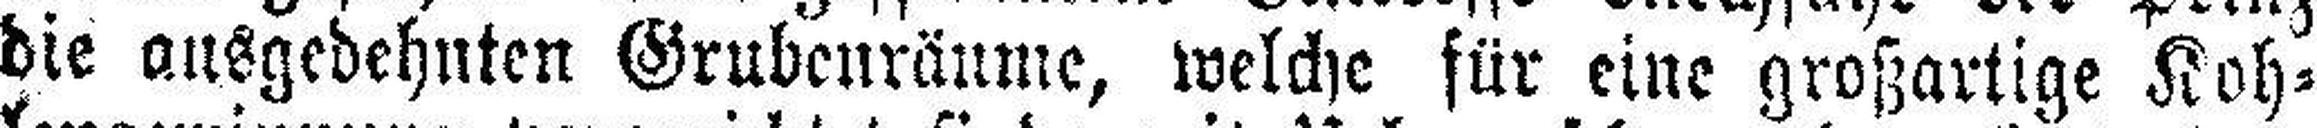
die ausgedehnten Grubenräume, welche für eine großartige Koh¬